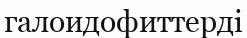
галоидофиттерді